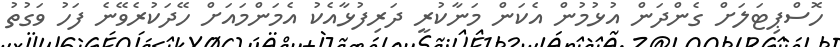
ހޮސްޕިޓަލަށް ގެންދަން އުޅުމުން އެކަން މަނާކުރީ ދަރިފުޅާއެކު އެމަންމައަށް ހޭދަކުރެވޭނެ ފަހު ވަގުތު